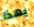
بهذا